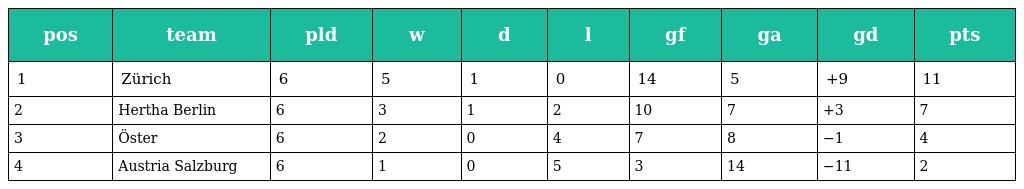
| pos | team | pld | w | d | l | gf | ga | gd | pts |
 | --- | --- | --- | --- | --- | --- | --- | --- | --- | --- |
 | 1 | Zürich | 6 | 5 | 1 | 0 | 14 | 5 | +9 | 11 |
 | 2 | Hertha Berlin | 6 | 3 | 1 | 2 | 10 | 7 | +3 | 7 |
 | 3 | Öster | 6 | 2 | 0 | 4 | 7 | 8 | −1 | 4 |
 | 4 | Austria Salzburg | 6 | 1 | 0 | 5 | 3 | 14 | −11 | 2 |